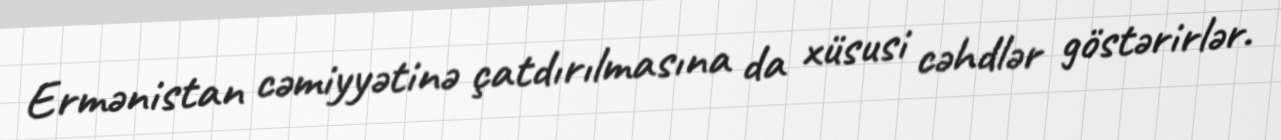
Ermənistan cəmiyyətinə çatdırılmasına da xüsusi cəhdlər göstərirlər.